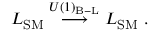
{ \cal { L } } _ { \mathrm { S M } } \stackrel { U ( 1 ) _ { \mathrm { B - L } } } { \longrightarrow } { \cal { L } } _ { \mathrm { S M } } ~ .